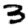
Digit: 3